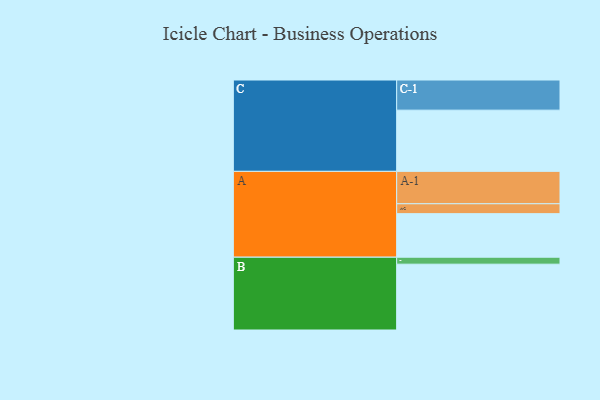
{"axis": {"x": "Segment", "y": "Value"}, "legend": ["", "A", "B", "C"], "data": [{"x": "A", "y": 387, "type": ""}, {"x": "B", "y": 585, "type": ""}, {"x": "C", "y": 544, "type": ""}, {"x": "A-1", "y": 288, "type": "A"}, {"x": "A-2", "y": 88, "type": "A"}, {"x": "B-1", "y": 62, "type": "B"}, {"x": "C-1", "y": 268, "type": "C"}]}